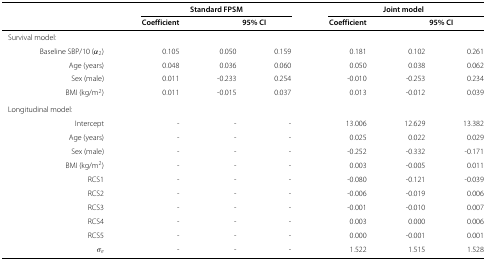
<table><thead><tr><td><b> </b></td><td><b> </b></td><td colspan="3"><b>Standard FPSM</b></td><td colspan="3"><b>Joint model</b></td></tr><tr><td><b> </b></td><td><b> </b></td><td><b>Coefficient</b></td><td colspan="2"><b>95% CI</b></td><td><b>Coefficient</b></td><td colspan="2"><b>95% CI</b></td></tr></thead><tbody><tr><td colspan="2"> Survival model:</td><td> </td><td> </td><td> </td><td> </td><td> </td><td> </td></tr><tr><td> </td><td>Baseline SBP/10 (<i>α</i><sub>2</sub>)</td><td>0.105</td><td>0.050</td><td>0.159</td><td>0.181</td><td>0.102</td><td>0.261</td></tr><tr><td> </td><td>Age (years)</td><td>0.048</td><td>0.036</td><td>0.060</td><td>0.050</td><td>0.038</td><td>0.062</td></tr><tr><td> </td><td>Sex (male)</td><td>0.011</td><td>-0.233</td><td>0.254</td><td>-0.010</td><td>-0.253</td><td>0.234</td></tr><tr><td> </td><td>BMI (kg/m<sup>2</sup>)</td><td>0.011</td><td>-0.015</td><td>0.037</td><td>0.013</td><td>-0.012</td><td>0.039</td></tr><tr><td colspan="2"> Longitudinal model:</td><td> </td><td> </td><td> </td><td> </td><td> </td><td> </td></tr><tr><td> </td><td>Intercept</td><td>-</td><td>-</td><td>-</td><td>13.006</td><td>12.629</td><td>13.382</td></tr><tr><td> </td><td>Age (years)</td><td>-</td><td>-</td><td>-</td><td>0.025</td><td>0.022</td><td>0.029</td></tr><tr><td> </td><td>Sex (male)</td><td>-</td><td>-</td><td>-</td><td>-0.252</td><td>-0.332</td><td>-0.171</td></tr><tr><td> </td><td>BMI (kg/m<sup>2</sup>)</td><td>-</td><td>-</td><td>-</td><td>0.003</td><td>-0.005</td><td>0.011</td></tr><tr><td> </td><td>RCS1</td><td>-</td><td>-</td><td>-</td><td>-0.080</td><td>-0.121</td><td>-0.039</td></tr><tr><td> </td><td>RCS2</td><td>-</td><td>-</td><td>-</td><td>-0.006</td><td>-0.019</td><td>0.006</td></tr><tr><td> </td><td>RCS3</td><td>-</td><td>-</td><td>-</td><td>-0.001</td><td>-0.010</td><td>0.007</td></tr><tr><td> </td><td>RCS4</td><td>-</td><td>-</td><td>-</td><td>0.003</td><td>0.000</td><td>0.006</td></tr><tr><td> </td><td>RCS5</td><td>-</td><td>-</td><td>-</td><td>0.000</td><td>-0.001</td><td>0.001</td></tr><tr><td> </td><td><i>σ</i><sub><i>e</i></sub></td><td>-</td><td>-</td><td>-</td><td>1.522</td><td>1.515</td><td>1.528</td></tr></tbody></table>